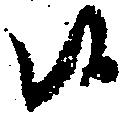
候